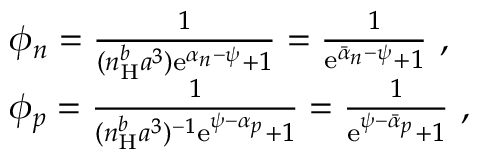
\begin{array} { r l } & { \phi _ { n } = \frac { 1 } { ( n _ { \mathrm { H } } ^ { b } a ^ { 3 } ) \mathrm { e } ^ { \alpha _ { n } - \psi } + 1 } = \frac { 1 } { \mathrm { e } ^ { \bar { \alpha } _ { n } - \psi } + 1 } \ , } \\ & { \phi _ { p } = \frac { 1 } { ( n _ { \mathrm { H } } ^ { b } a ^ { 3 } ) ^ { - 1 } \mathrm { e } ^ { \psi - \alpha _ { p } } + 1 } = \frac { 1 } { \mathrm { e } ^ { \psi - \bar { \alpha } _ { p } } + 1 } \ , } \end{array}